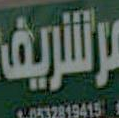
الشريف